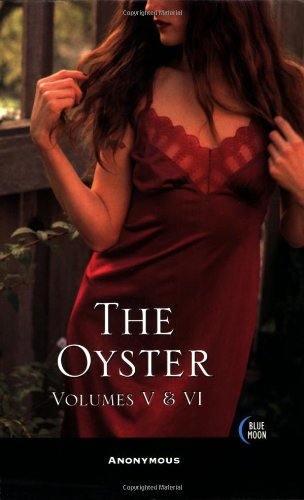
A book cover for The Oyster: Volumes V and VI (Blue Moon); Bill Adler; Romance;